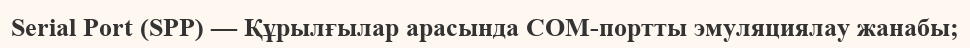
Serial Port (SPP) — Құрылғылар арасында COM-портты эмуляциялау жанабы;